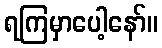
ရကြမှာပေါ့နော်။